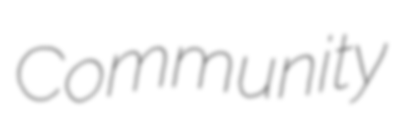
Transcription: Community